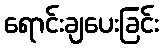
ရောင်းချပေးခြင်း